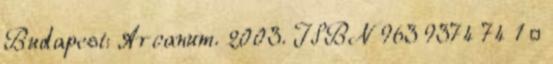
Budapest: Arcanum. 2003. ISBN 963 9374 74 1 ↑